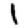
Digit: 1